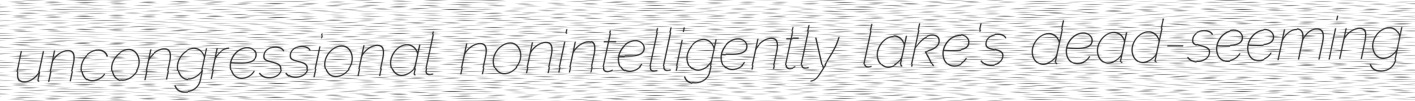
uncongressional nonintelligently lake's dead-seeming